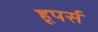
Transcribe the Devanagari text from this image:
हूपर्स